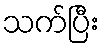
သက်ပြီး